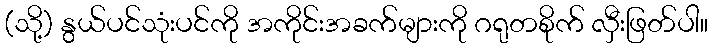
(သို့) နွယ်ပင်သုံးပင်ကို အကိုင်းအခက်များကို ဂရုတစိုက် လှီးဖြတ်ပါ။